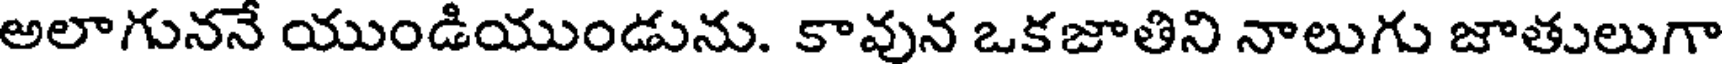
అలాగుననే యుండియుండును. కావున ఒకజాతిని నాలుగు జాతులుగా